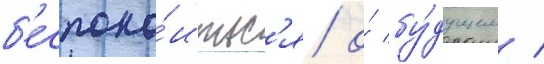
б'еспоко́итьс'я о́ бу́дущем /